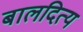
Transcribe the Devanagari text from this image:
बालदित्य